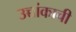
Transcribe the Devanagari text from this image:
उच्चांकाची